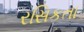
રસિકતા